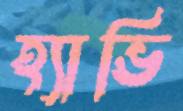
হ্যাভি